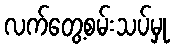
လက်တွေ့စမ်းသပ်မှု